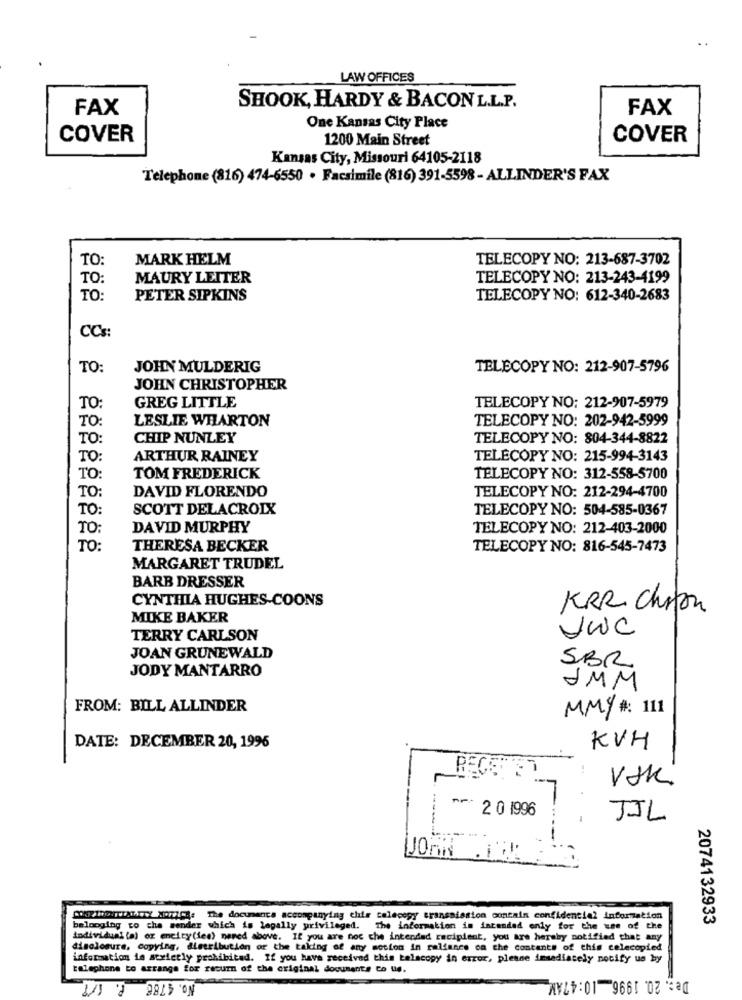
LAW OFFICES
FAX
SHOOK, HARDY & BACON L.L.P.
FAX
One Kansas City Place
COVER
1200 Main Street
COVER
Kansas City, Missouri 64105-2118
Telephone (816) 474-6550 . Facsimile (816) 391-5598 - ALLINDER'S FAX
TO:
MARK HELM
TELECOPY NO: 213-687-3702
TO:
MAURY LEITER
TELECOPY NO: 213-243-4199
TO:
PETER SIPKINS
TELECOPY NO: 612-340-2683
CCs:
TO:
JOHN MULDERIG
TELECOPY NO: 212-907-5796
JOHN CHRISTOPHER
GREG LITTLE
TELECOPY NO: 212-907-5979
TO:
TO:
LESLIE WHARTON
TELECOPY NO: 202-942-5999
TO:
CHIP NUNLEY
TELECOPY NO: 804-344-8822
TO:
ARTHUR RAINEY
TELECOPY NO: 215-994-3143
TO
TOM FREDERICK
TELECOPY NO: 312-558-5700
TO:
DAVID FLORENDO
TELECOPY NO: 212-294-4700
TO:
SCOTT DELACROIX
TELECOPY NO: 504-585-0367
TO:
DAVID MURPHY
TELECOPY NO: 212-403-2000
TO:
THERESA BECKER
TELECOPY NO: 816-545-7473
MARGARET TRUDEL
BARB DRESSER
CYNTHIA HUGHES-COONS
KRR. Chifon
MIKE BAKER
VWC
TERRY CARLSON
JOAN GRUNEWALD
SBR
JODY MANTARRO
JMM
FROM: BILL ALLINDER
MMY #: 111
DATE: DECEMBER 20, 1996
KVH
"F" 2 0 1996
JIL
JOHN
DOKIDDATIAT.F./ NO/ZCH: The documents accompanying chis colecegy transmission contain confidential information
2074132933
belonging to the sender which is legally privileged. The information is intended only for the use of the
individual (a) or encity(ice) named above. If you are not the intended recipient, you are hereby notified that any
disclosure, copying, distribution or the taking of any motion in reliance on the contents of this celecopied
information is strictly prohibited. If you have received this talacopy in error, please imsadiately notify us by
telephone to arrange for return of the original documents co ue.
No. 4786_
De :. 20. 1996 __ 10:47AM